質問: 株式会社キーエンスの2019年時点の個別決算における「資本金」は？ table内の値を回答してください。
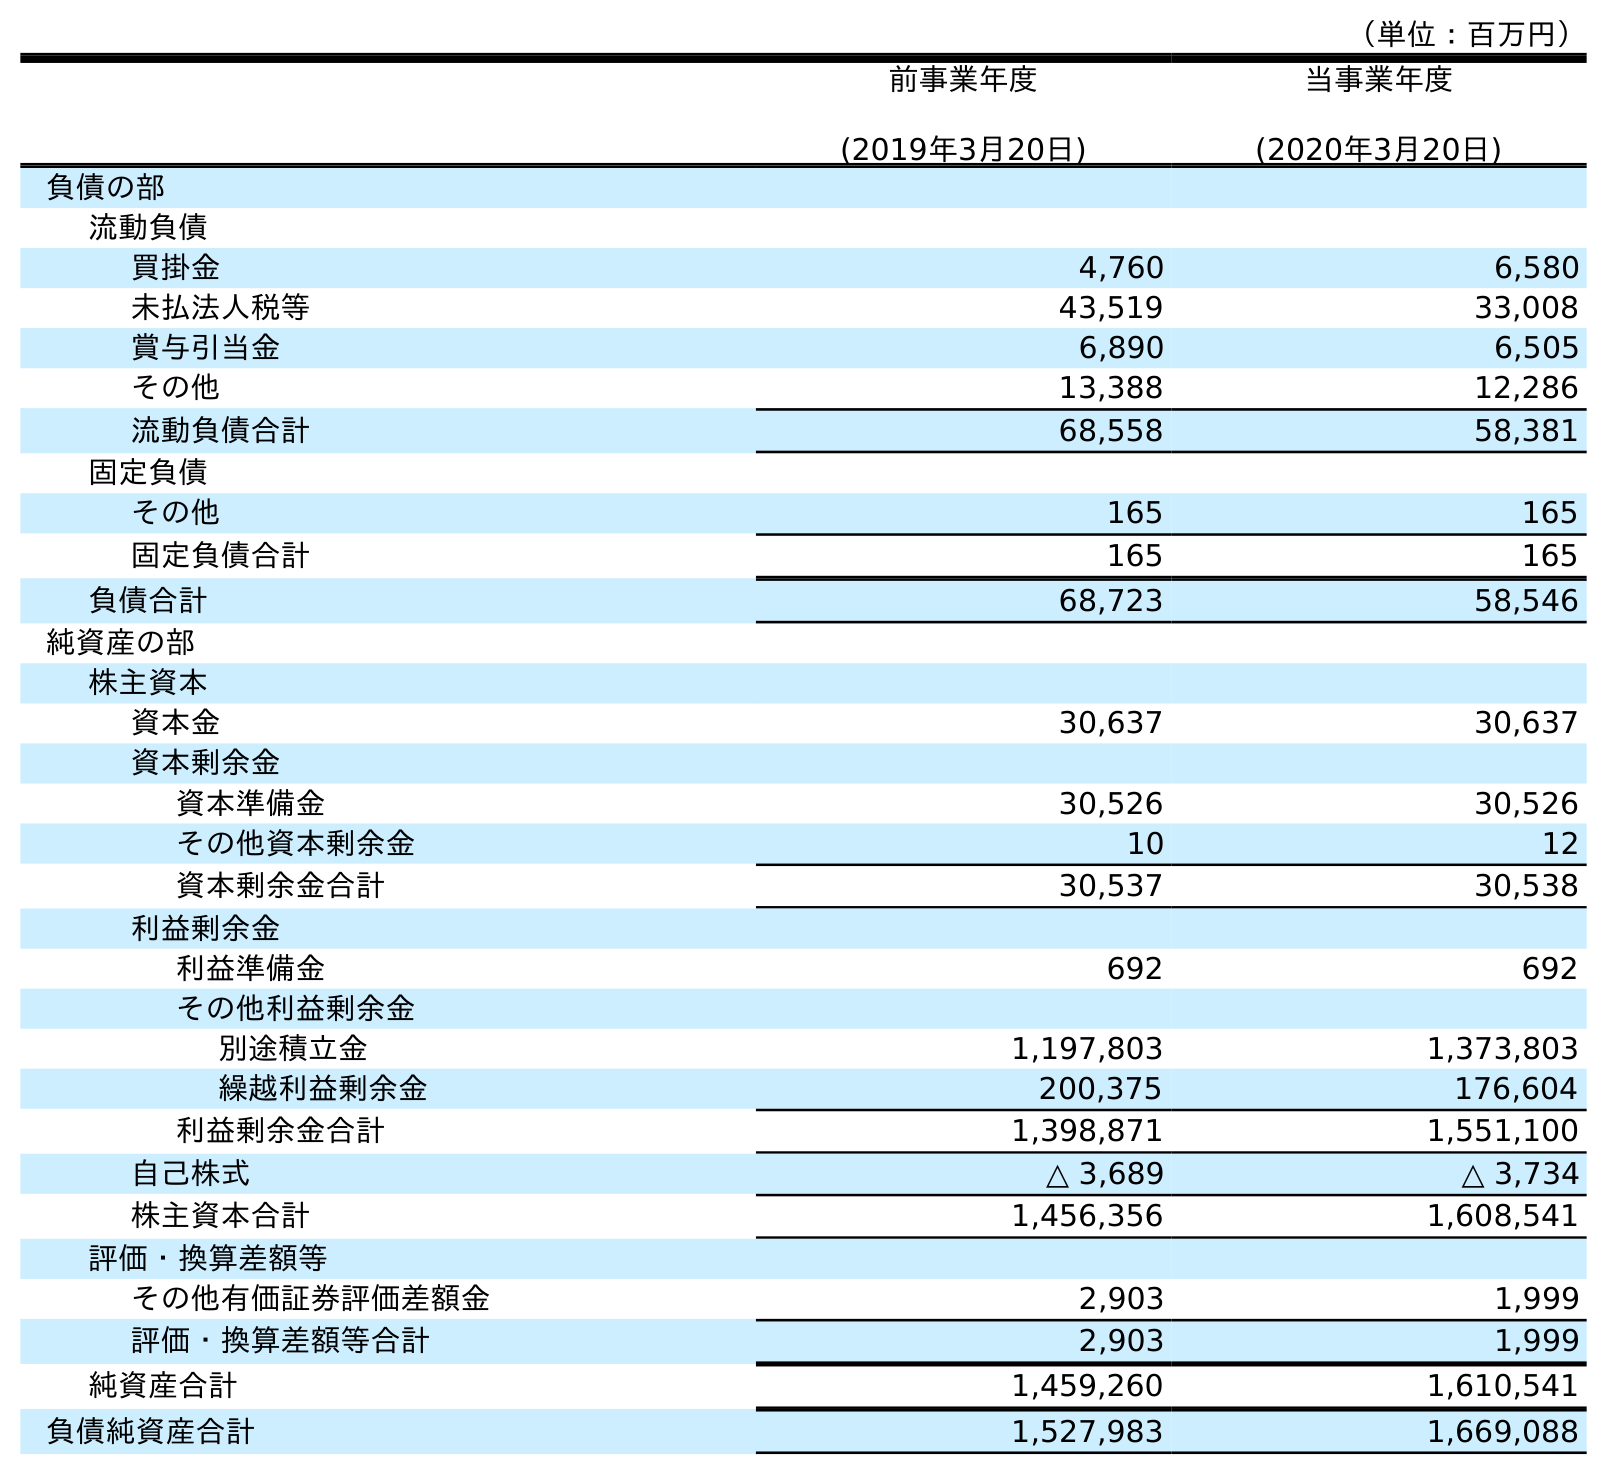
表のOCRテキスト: （単位：百万円） 前事業年度 (2019年3月20日) 当事業年度 (2020年3月20日) 負債の部 流動負債 買掛金 4,760 6,580 未払法人税等 43,519 33,008 賞与引当金 6,890 6,505 その他 13,388 12,286 流動負債合計 68,558 58,381 固定負債 その他 165 165 固定負債合計 165 165 負債合計 68,723 58,546 純資産の部 株主資本 資本金 30,637 30,637 資本剰余金 資本準備金 30,526 30,526 その他資本剰余金 10 12 資本剰余金合計 30,537 30,538 利益剰余金 利益準備金 692 692 その他利益剰余金 別途積立金 1,197,803 1,373,803 繰越利益剰余金 200,375 176,604 利益剰余金合計 1,398,871 1,551,100 自己株式 △ 3,689 △ 3,734 株主資本合計 1,456,356 1,608,541 評価・換算差額等 その他有価証券評価差額金 2,903 1,999 評価・換算差額等合計 2,903 1,999 純資産合計 1,459,260 1,610,541 負債純資産合計 1,527,983 1,669,088
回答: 30,637